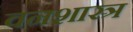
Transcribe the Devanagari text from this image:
वनशास्त्र